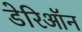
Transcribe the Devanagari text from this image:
डेरिऑन